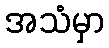
အသံမှာ